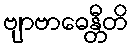
ဗျာဗာဓေန္တီတိ